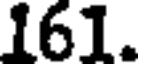
161.